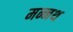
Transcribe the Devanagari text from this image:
मन्नथ